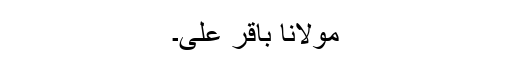
مولانا باقر علی۔